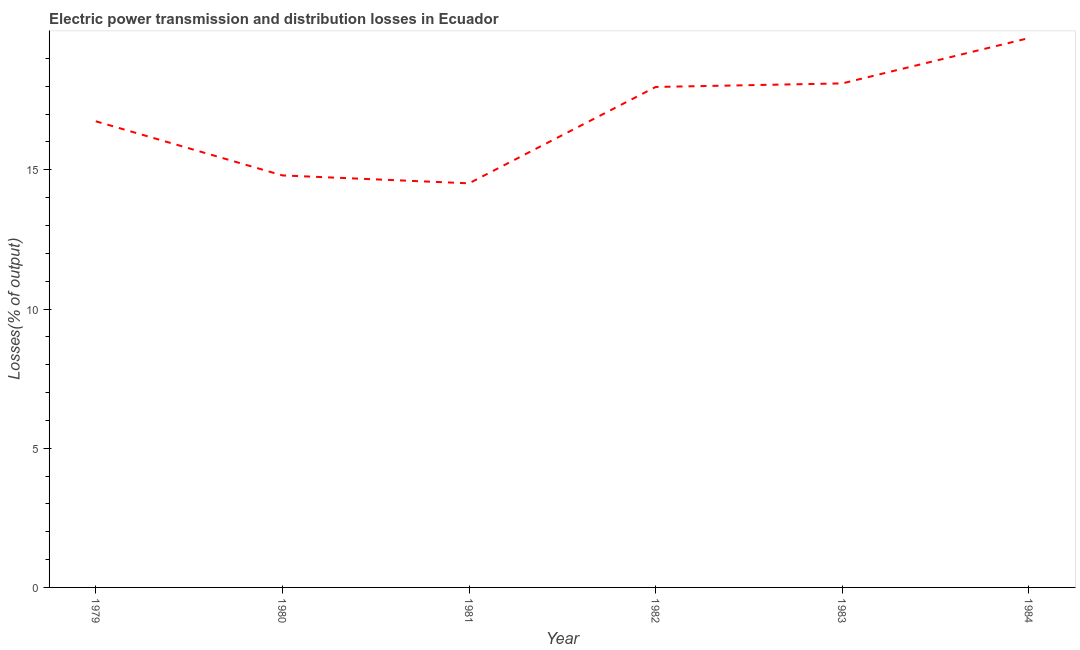
| Year | Electric power transmission and distribution losses |
 | --- | --- |
 | 1979 | 16.7 |
 | 1980 | 14.8 |
 | 1981 | 14.5 |
 | 1982 | 18 |
 | 1983 | 18.1 |
 | 1984 | 19.7 |